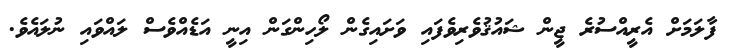
ފާލަމަށް އެރީއްސުރެ ޖީން ޝައުޤުވެރިވެފައި ވަށައިގެން ލޯހިންގަން އިނީ އަޑެއްވެސް ލައްވައި ނުލައެވެ.